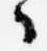
々